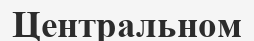
Центральном